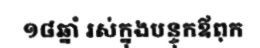
១៨ឆ្នាំ រស់ក្នុងបន្ទុកឪពុក